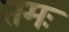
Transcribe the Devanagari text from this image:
तमः